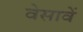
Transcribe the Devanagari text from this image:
वेसावें